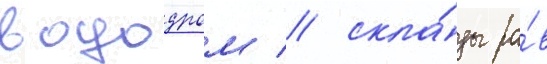
вододром / скла́ды ра́в